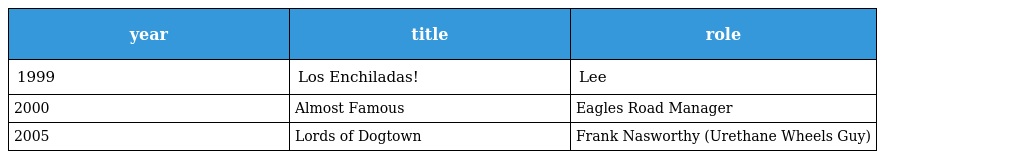
| year | title | role |
 | --- | --- | --- |
 | 1999 | Los Enchiladas! | Lee |
 | 2000 | Almost Famous | Eagles Road Manager |
 | 2005 | Lords of Dogtown | Frank Nasworthy (Urethane Wheels Guy) |